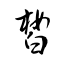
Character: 皙